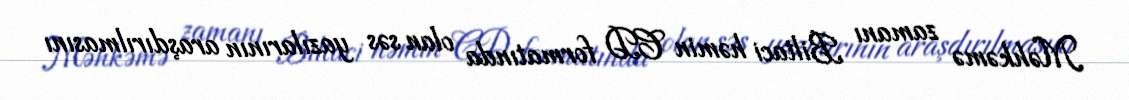
Məhkəmə zamanı Biltaci həmin CD formatında olan səs yazılarının araşdırılmasını